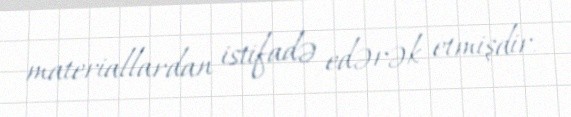
materiallardan istifadə edərək etmişdir.